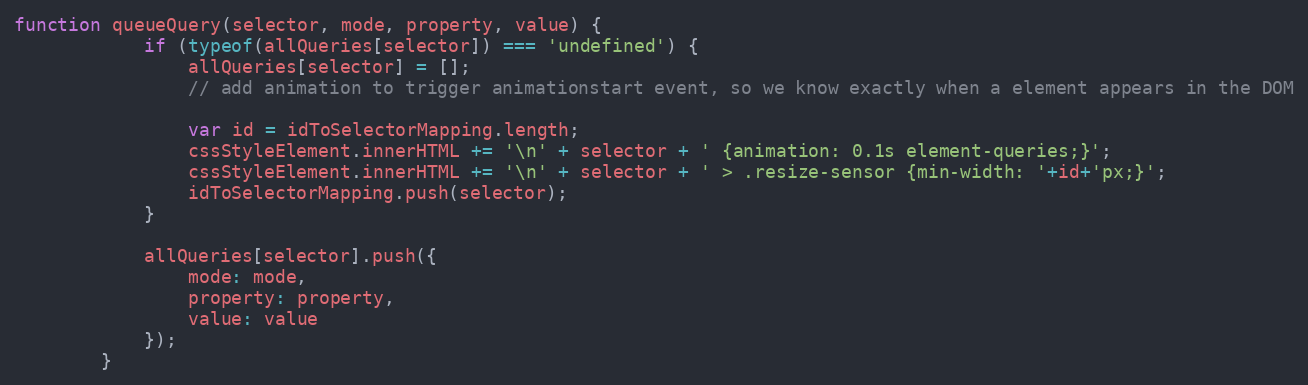
Language: JavaScript
function queueQuery(selector, mode, property, value) {
            if (typeof(allQueries[selector]) === 'undefined') {
                allQueries[selector] = [];
                // add animation to trigger animationstart event, so we know exactly when a element appears in the DOM

                var id = idToSelectorMapping.length;
                cssStyleElement.innerHTML += '\n' + selector + ' {animation: 0.1s element-queries;}';
                cssStyleElement.innerHTML += '\n' + selector + ' > .resize-sensor {min-width: '+id+'px;}';
                idToSelectorMapping.push(selector);
            }

            allQueries[selector].push({
                mode: mode,
                property: property,
                value: value
            });
        }